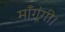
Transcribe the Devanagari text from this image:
माँगूंगी।